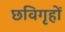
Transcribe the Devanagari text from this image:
छविगृहों